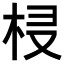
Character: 𣐔